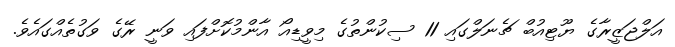
އަލްޖަޒީރާގެ ޔޫޓިއުބް ޗެނަލްގައި 11 ސިކުންތުގެ މިވީޑިއޯ އާންމުކޮށްފައި ވަނީ ރޭގެ ވަގުތެއްގައެވެ.